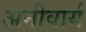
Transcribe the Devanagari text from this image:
अनीवार्य